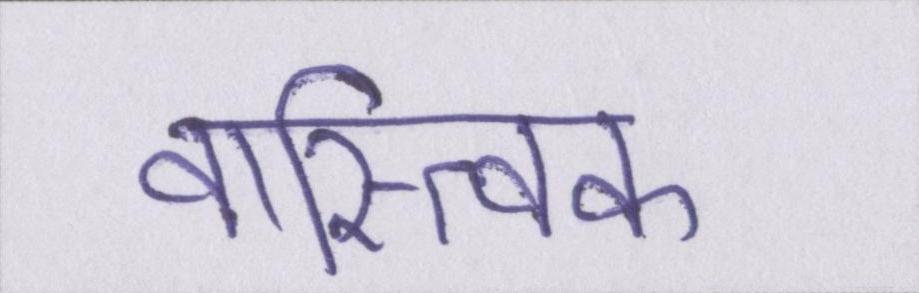
वास्त्विक